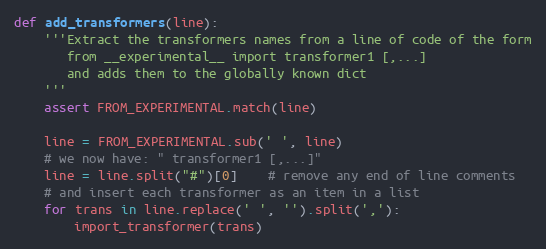
Language: Python
def add_transformers(line):
    '''Extract the transformers names from a line of code of the form
       from __experimental__ import transformer1 [,...]
       and adds them to the globally known dict
    '''
    assert FROM_EXPERIMENTAL.match(line)

    line = FROM_EXPERIMENTAL.sub(' ', line)
    # we now have: " transformer1 [,...]"
    line = line.split("#")[0]    # remove any end of line comments
    # and insert each transformer as an item in a list
    for trans in line.replace(' ', '').split(','):
        import_transformer(trans)